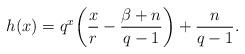
LaTeX: \begin{align*}h(x)=q^{x}\bigg(\frac{x}{r}-\frac{\beta+n}{q-1}\bigg) +\frac{n}{q-1}.\end{align*}